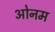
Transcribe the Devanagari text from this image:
ओनम